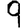
Digit: 9